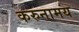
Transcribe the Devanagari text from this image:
करुनामय